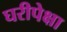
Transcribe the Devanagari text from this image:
घरीपेक्षा